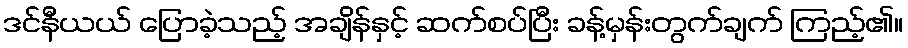
ဒင်နီယယ် ပြောခဲ့သည့် အချိန်နှင့် ဆက်စပ်ပြီး ခန့်မှန်းတွက်ချက် ကြည့်၏။